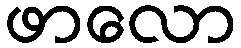
ဖာလော